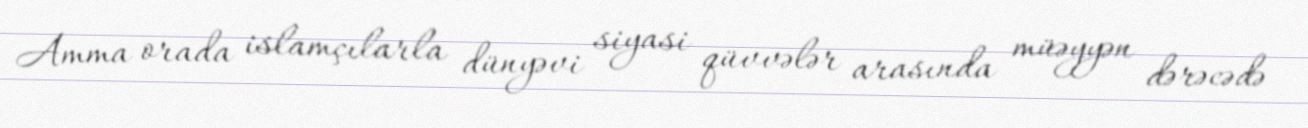
Amma orada islamçılarla dünyəvi siyasi qüvvələr arasında müəyyən dərəcədə